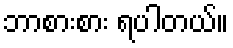
ဘာစားစား ရပါတယ်။